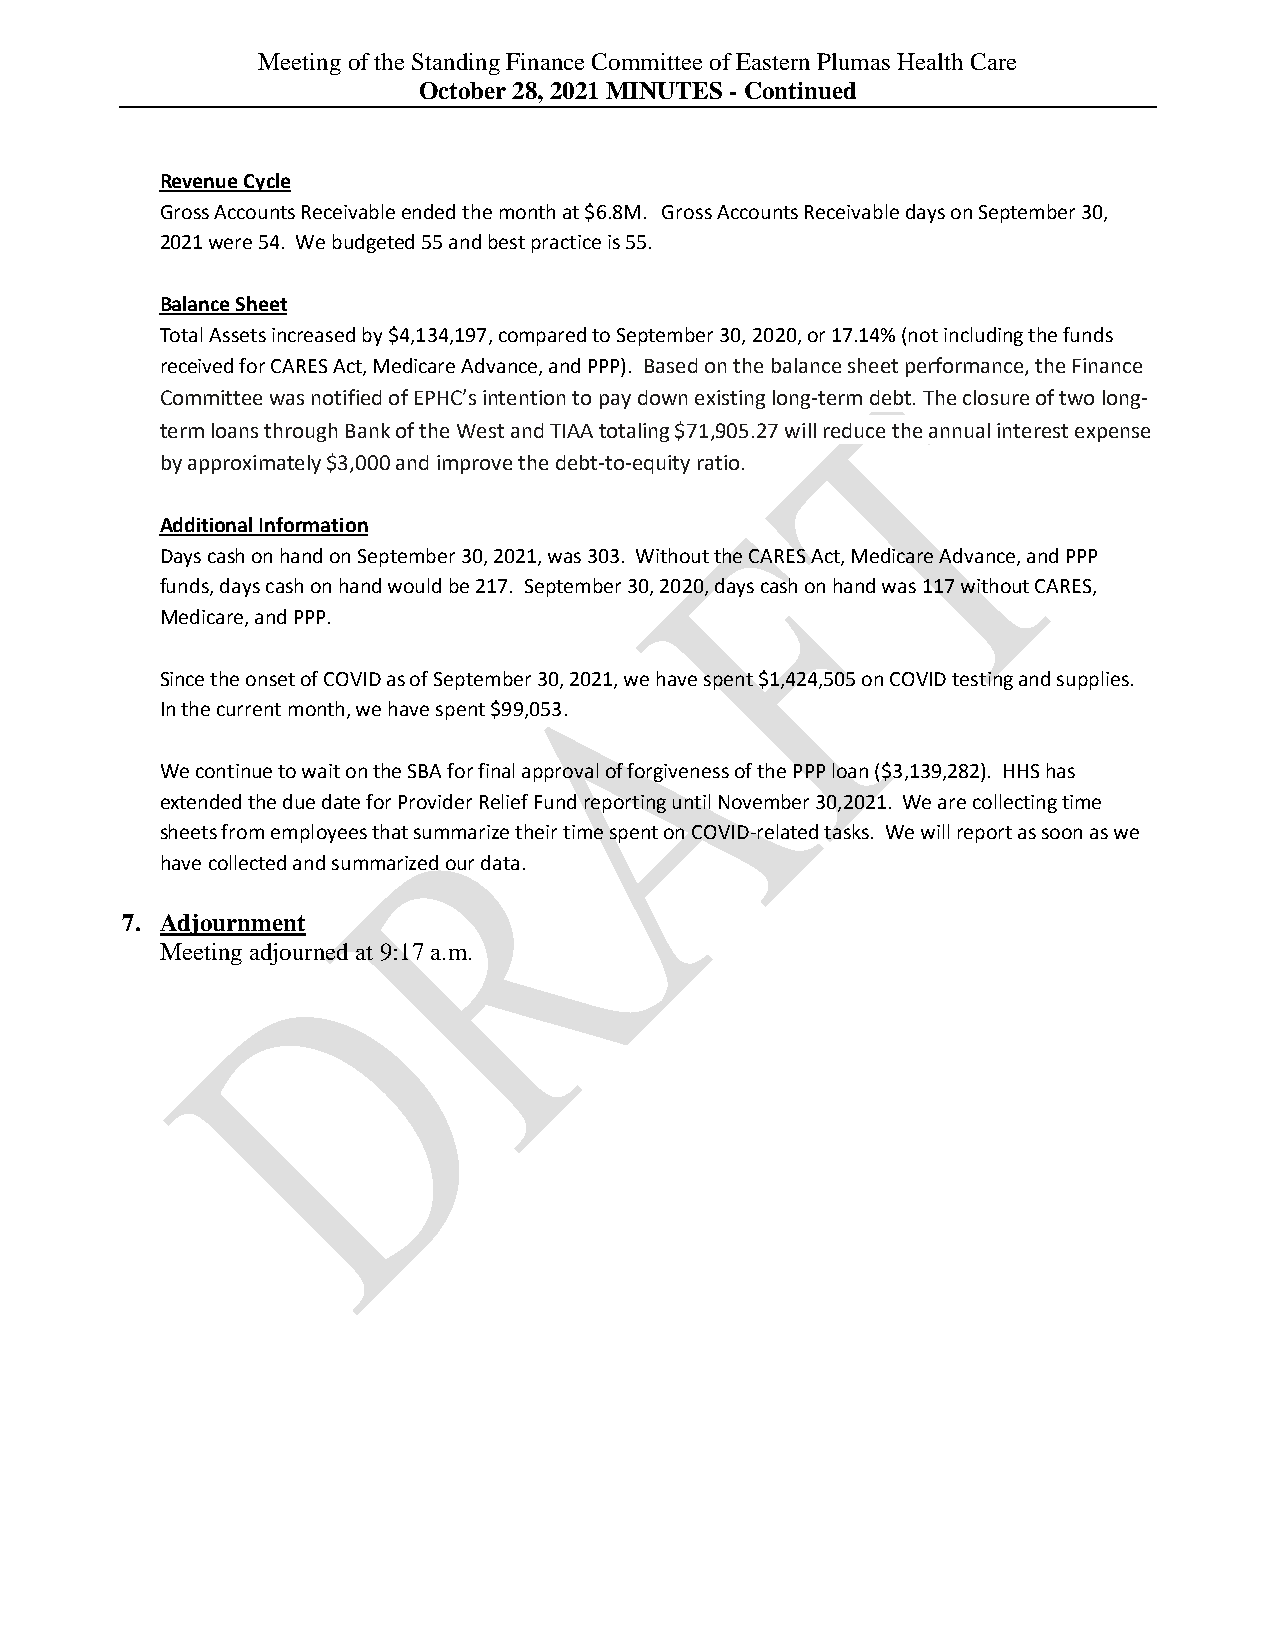
Meeting of the Standing Finance Committee of Eastern Plumas Health Care
 October 28, 2021 MINUTES - Continued
 Revenue Cycle
 Gross Accounts Receivable ended the month at $6.8M. Gross Accounts Receivable days on September 30,
 2021 were 54. We budgeted 55 and best practice is 55.
 Balance Sheet
 Total Assets increased by $4,134,197, compared to September 30, 2020, or 17.14% (not including the funds
 received for CARES Act, Medicare Advance, and PPP). Based on the balance sheet performance, the Finance
 Committee was notified of EPHC’s intention to pay down existing long-term debt. The closure of two long-
 term loans through Bank of the West and TIAA totaling $71,905.27 will reduce the annual interest expense
 by approximately $3,000 and improve the debt-to-equity ratio.
 Additional Information
 Days cash on hand on September 30, 2021, was 303. Without the CARES Act, Medicare Advance, and PPP
 funds, days cash on hand would be 217. September 30, 2020, days cash on hand was 117 without CARES,
 Medicare, and PPP.
 Since the onset of COVID as of September 30, 2021, we have spent $1,424,505 on COVID testing and supplies.
 In the current month, we have spent $99,053.
 We continue to wait on the SBA for final approval of forgiveness of the PPP loan ($3,139,282). HHS has
 extended the due date for Provider Relief Fund reporting until November 30,2021. We are collecting time
 sheets from employees that summarize their time spent on COVID-related tasks. We will report as soon as we
 have collected and summarized our data.
 7. Adjournment
 Meeting adjourned at 9:17 a.m.